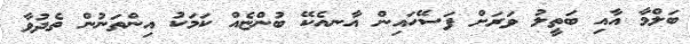
ބަލްމާ އާއި ބަތީލު ވަރަށް ފަސޭހައިން އާނއެކޭ ބުންޏެއް ކަމަކު އިންތަނުން ތެދުވާ